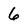
Character: 6